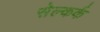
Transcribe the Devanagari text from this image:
सेल्कर्क